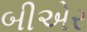
બીએર